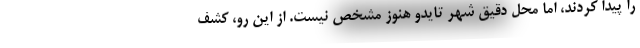
را پیدا کردند، اما محل دقیق شهر تایدو هنوز مشخص نیست. از این رو، کشف